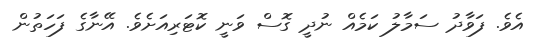
އެވެ. ފަވާދު ސަމާލު ކަމެއް ނުދީ ގޮސް ވަނީ ކޮޓަރިއަށެވެ. އޭނާގެ ފަހަތުން